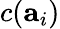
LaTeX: c(\mathbf{a}_{i})